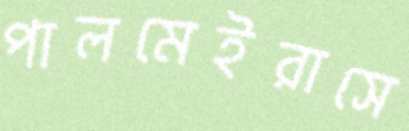
পালমেইরাসে